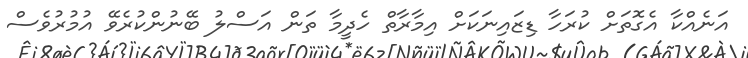
އަނެއްކާ އެގޮތަށް ކުރަހާ ޑިޒައިނަކަށް އިމާރާތް ހެދީމާ ތަން އަސްލު ބޭނުންކުރެވޭ އުމުރުވެސް